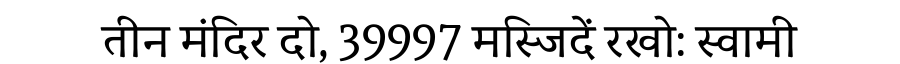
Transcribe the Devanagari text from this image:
तीन मंदिर दो, 39997 मस्जिदें रखो: स्वामी